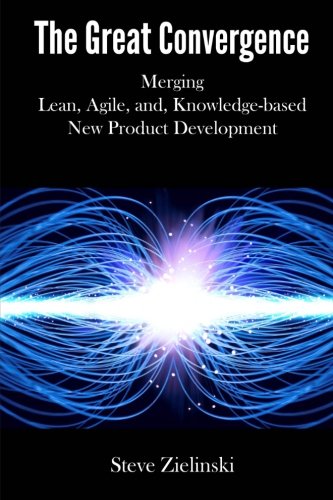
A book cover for The Great Convergence: Merging Lean, Agile, and Knowledge-based New Product Development; Steve Zielinski; Business & Money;